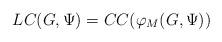
LaTeX: \begin{align*} LC(G,\Psi)=CC(\varphi_M(G,\Psi))\end{align*}